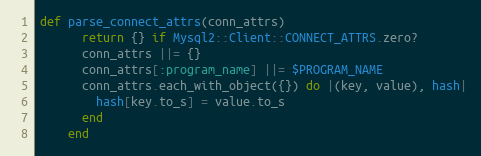
Language: Ruby
def parse_connect_attrs(conn_attrs)
      return {} if Mysql2::Client::CONNECT_ATTRS.zero?
      conn_attrs ||= {}
      conn_attrs[:program_name] ||= $PROGRAM_NAME
      conn_attrs.each_with_object({}) do |(key, value), hash|
        hash[key.to_s] = value.to_s
      end
    end